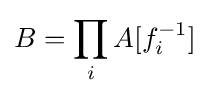
B=\prod _{i}A[f_{i}^{-1}]